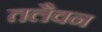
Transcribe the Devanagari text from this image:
तलैवन